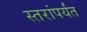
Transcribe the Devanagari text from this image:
स्तरांपर्यंत